Lunatic asylums Central Provinces reports 1910-1926 - 1910-1926
Year: 1910
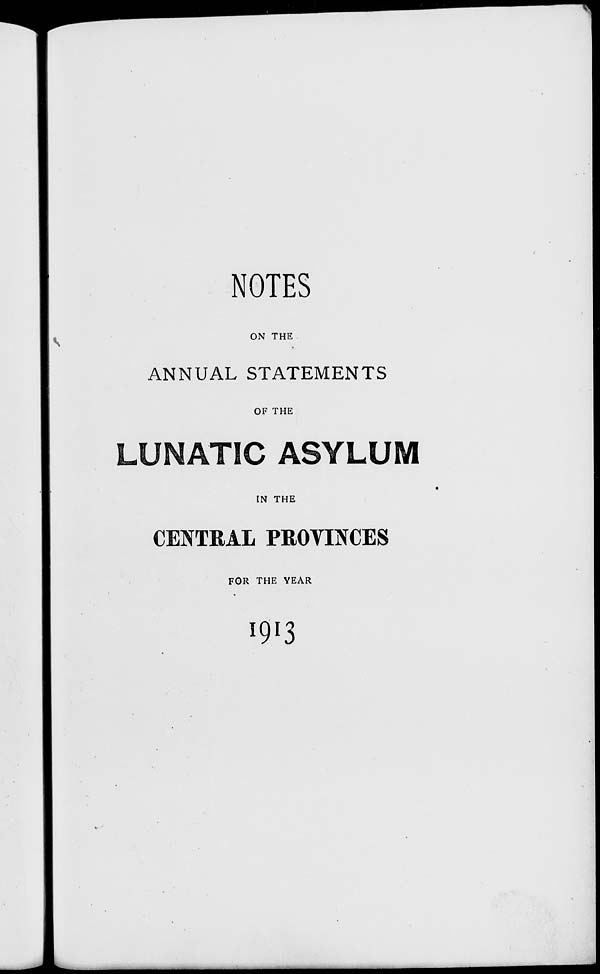
NOTES
ON THE
ANNUAL STATEMENTS
OF THE
LUNATIC ASYLUM
IN THE
CENTRAL PROVINCES
FOR THE YEAR
1913